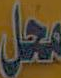
محل